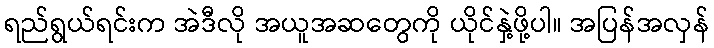
ရည်ရွယ်ရင်းက အဲဒီလို အယူအဆတွေကို ယိုင်နှဲ့ဖို့ပါ။ အပြန်အလှန်